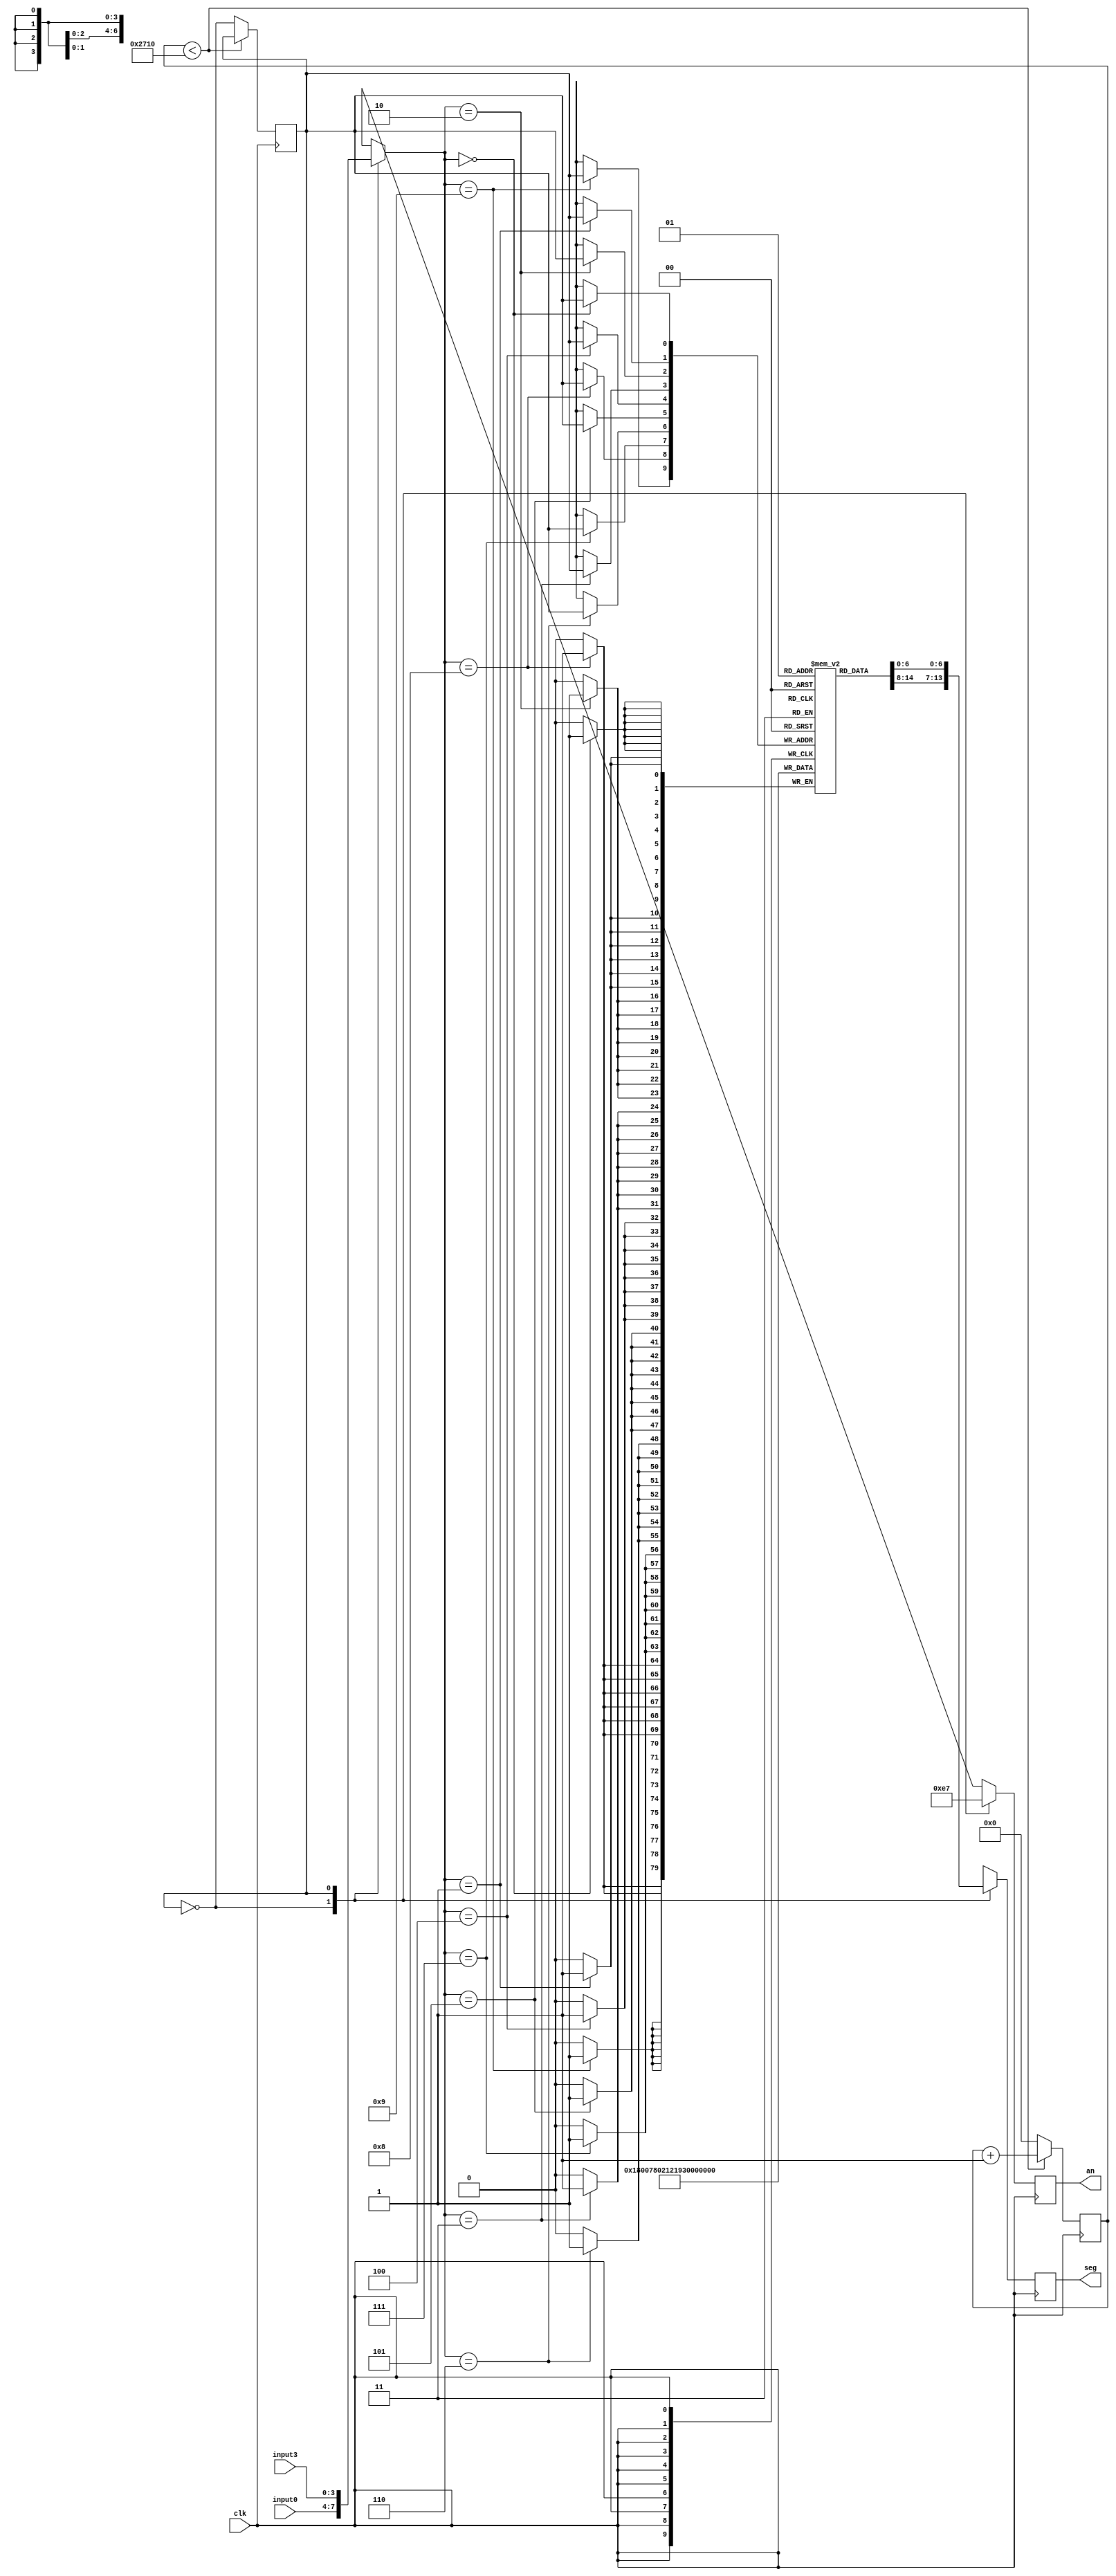
`timescale 1ns / 1ps
//////////////////////////////////////////////////////////////////////////////////
// Company: 
// Engineer: 
// 
// Design Name: 
// Module Name: Segment Display
// Project Name: 
// Target Devices: 
// Tool Versions: 
// Description: 
// 
// Dependencies: 
// 
// Revision:
// Revision 0.01 - File Created
// Additional Comments:
// 
//////////////////////////////////////////////////////////////////////////////////


module SegmentDisplay(
    input clk,
    input [3:0] input3, input0,
    output reg [3:0] an, 
    output reg [6:0] seg
    );
    
    
    
    reg [18:0] counter  = 0;
    parameter max = 10000; // Counter will switch current segment (an) 
    
    reg currentan = 0; // Currentan represents 2 segments: either d0 or d3
    
    reg [7:0] segoutput [1:0]; // Array of 2 elements of 8-bits to represent (0-9 LCD)
    
    wire [3:0] twodisplay [1:0]; // twodisplay is a 3-bit wire that will be set to input 0 and input 3
    
    // Current will be iterating through inputs 0-3
    assign twodisplay[0] = input0;
    assign twodisplay[1] = input3;
    
    // Parameters used for segment display
    parameter zero = 7'b1000000;
    parameter one = 7'b1111001;
    parameter two = 7'b0100100;
    parameter three = 7'b0110000;
    parameter four = 7'b0011001;
    parameter five = 7'b0010010;
    parameter six = 7'b0000010;
    parameter seven = 7'b1111000;
    parameter eight = 7'b0000000;
    parameter nine = 7'b0011000;
    parameter ten = 7'b0001000;
    parameter eleven = 7'b0000011;
    parameter twelve = 7'b1000110; 
    parameter thirteen = 7'b0100001; 
    parameter fourteen = 7'b0000110;
    parameter fifteen = 7'b0001110;

    // Increase the counter every posedge CLK
    always @(posedge clk) begin
        
        if (counter < max) begin // If counter is less than max, increment it
            counter <= counter + 1;
                           end 
        else               begin // If reaches max, then increment current and reset 0 
            currentan <= ~currentan; // Current switches between 1 and 0 every time counter reaches max
            counter <= 0;
                           end
    
    case (twodisplay[currentan]) 
        // Current will always be changing every counter reaches max   
        0: segoutput[currentan] <= zero;
        1: segoutput[currentan] <= one; 
        2: segoutput[currentan] <= two;
        3: segoutput[currentan] <= three;
        4: segoutput[currentan] <= four;
        5: segoutput[currentan] <= five;
        6: segoutput[currentan] <= six;
        7: segoutput[currentan] <= seven;
        8: segoutput[currentan] <= eight;
        9: segoutput[currentan] <= nine;
    endcase
        
    case(currentan) // Sets the segment to what the segoutput is (0-4) 
        0: begin
            an <= 4'b1110;
            seg <= segoutput[0];
           end 
        1: begin
            an <= 4'b0111;
            seg <= segoutput[1];
           end
    endcase
  end   
endmodule